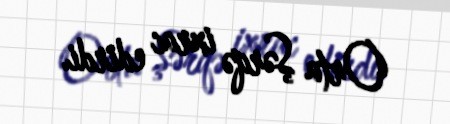
Orta Şərqə ixrac edirdi.